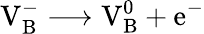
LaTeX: \mathrm{V_{B}^{-}\longrightarrow V_{B}^{0}+e^{-}}